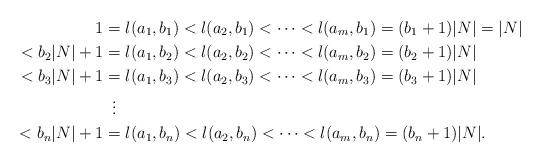
LaTeX: \begin{align*} 1&=l(a_1,b_1)<l(a_2,b_1)<\cdots<l(a_m,b_1)=(b_1+1)|N|=|N|\\<b_2|N|+1&=l(a_1,b_2)<l(a_2,b_2)<\cdots<l(a_m,b_2)=(b_2+1)|N|\\<b_3|N|+1&=l(a_1,b_3)<l(a_2,b_3)<\cdots<l(a_m,b_3)=(b_3+1)|N|\\& \,\ \vdots\\<b_n|N|+1&=l(a_1,b_n)<l(a_2,b_n)<\cdots<l(a_m,b_n)=(b_n+1)|N|.\end{align*}